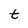
Character: t